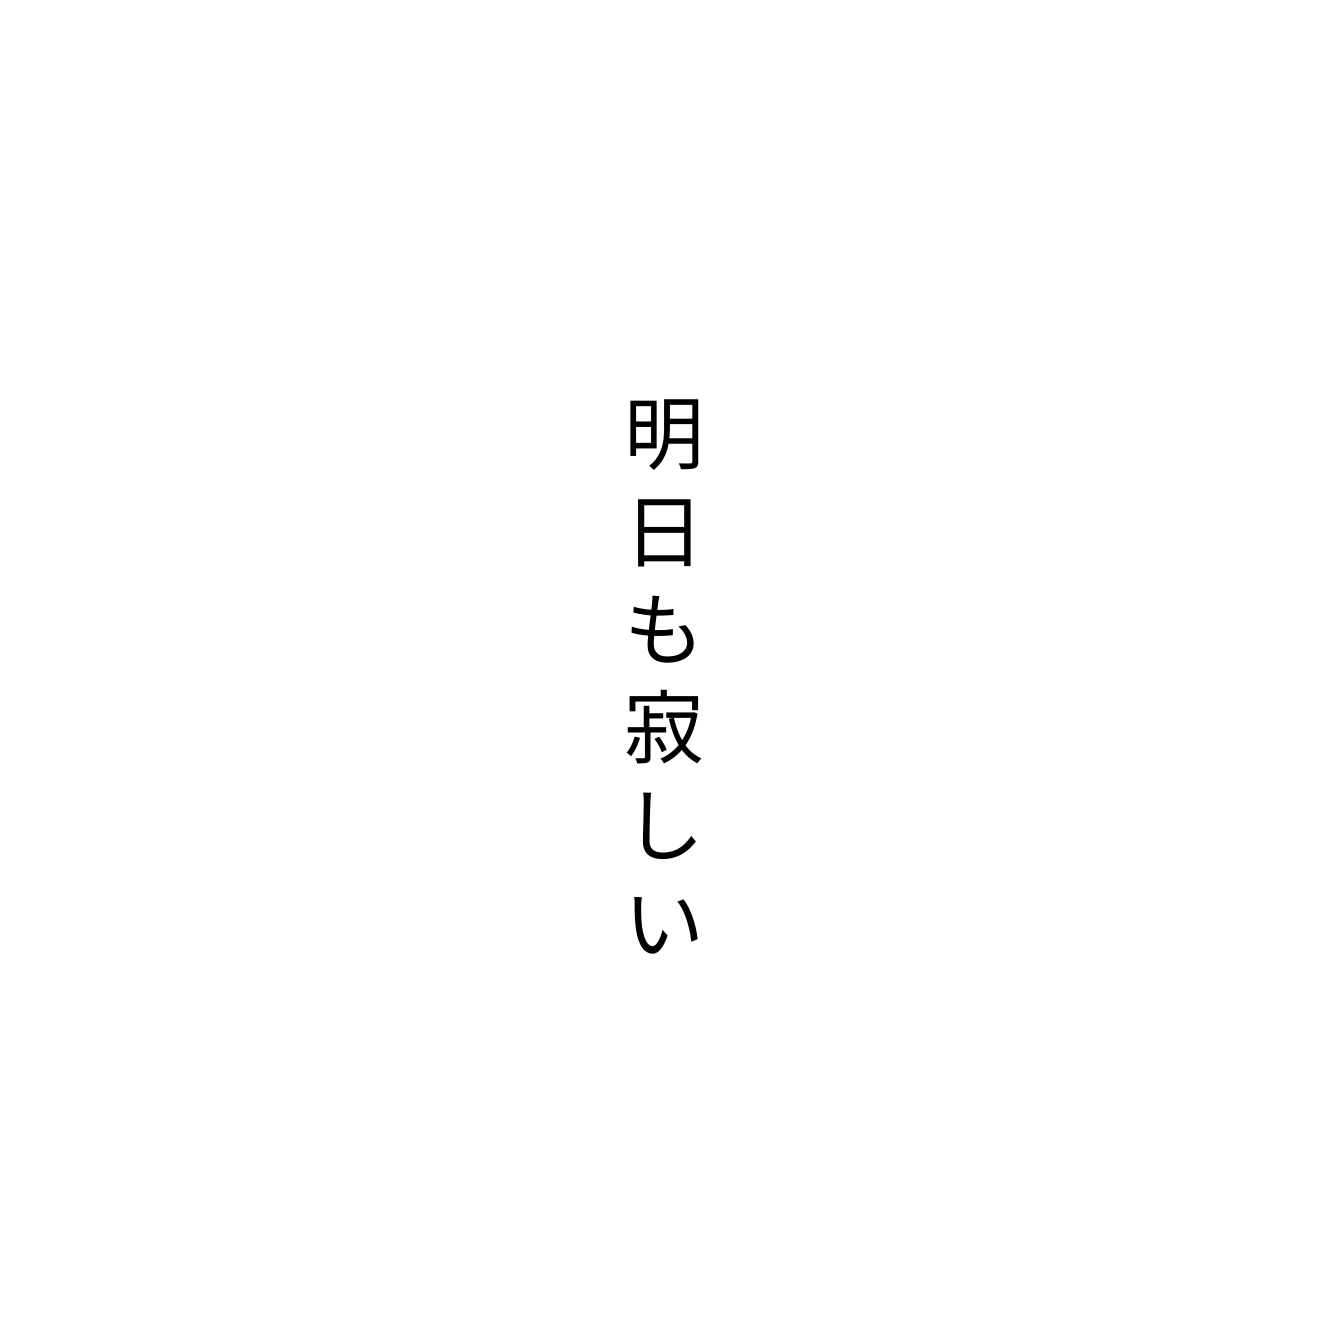
明日も寂しい